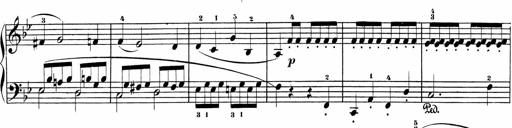
Title: Sonatinen Op.47, 98 und 136, nebst 6 Liedersonatinen
Composer: Carl Reinecke